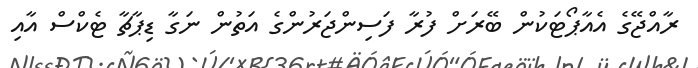
ރާއްޖޭގެ އެއާޕޯޓަކުން ބޭރަށް ފުރާ ފަސިންޖަރުންގެ އަތުން ނަގާ ޑިޕާޗާ ޓެކްސް އާއި